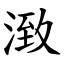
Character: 㴛